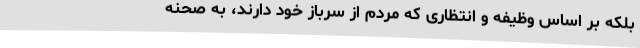
بلکه بر اساس وظیفه و انتظاری که مردم از سرباز خود دارند، به صحنه